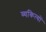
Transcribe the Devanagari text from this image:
व्यकित्यों